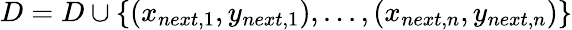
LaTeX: D=D\cup\{ (x_{next,1},y_{next,1}),...,(x_{next,n},y_{next,n})\}